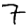
Digit: 7